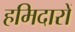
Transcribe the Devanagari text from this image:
हमिदारों